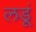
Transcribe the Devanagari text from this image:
लडूं